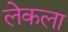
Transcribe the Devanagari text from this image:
लेकला